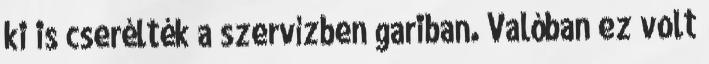
ki is cserélték a szervízben gariban. Valóban ez volt